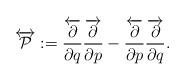
LaTeX: \begin{align*}\overleftrightarrow{\cal P} :=\frac{\overleftarrow{\partial}}{\partial q}\frac{\overrightarrow{\partial}}{\partial p} -\frac{\overleftarrow{\partial}}{\partial p}\frac{\overrightarrow{\partial}}{\partial q}. \end{align*}